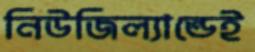
নিউজিল্যান্ডেই